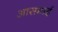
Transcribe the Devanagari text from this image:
आसमाई